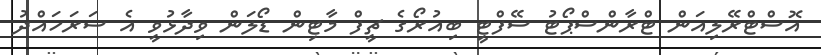
އޮސްޓްރޭލިއަން ޓްރާންސްޕޯޓު ސޭފްޓީ ބިއުރޯގެ ޗީފް މާޓިން ޑޯލަން ވިދާޅުވީ އެ ސަރަހައްދު